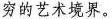
穷的艺术境界。